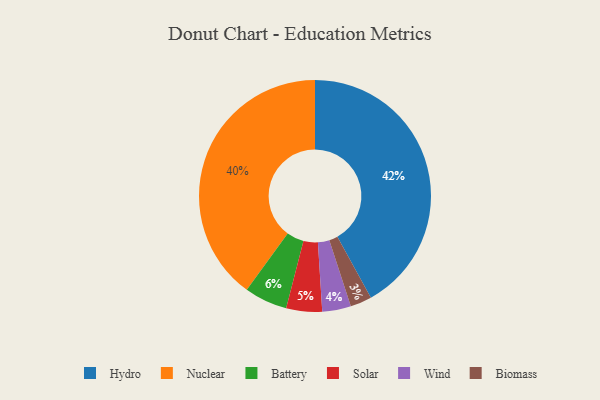
{"axis": {"x": "Category", "y": "Percentage"}, "legend": ["Battery", "Biomass", "Hydro", "Nuclear", "Solar", "Wind"], "data": [{"x": "Nuclear", "y": 40, "type": "Nuclear"}, {"x": "Wind", "y": 4, "type": "Wind"}, {"x": "Hydro", "y": 42, "type": "Hydro"}, {"x": "Battery", "y": 6, "type": "Battery"}, {"x": "Biomass", "y": 3, "type": "Biomass"}, {"x": "Solar", "y": 5, "type": "Solar"}]}